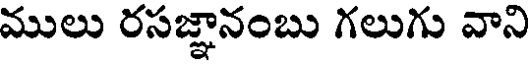
ములు రసజ్ఞానంబు గలుగు వాని